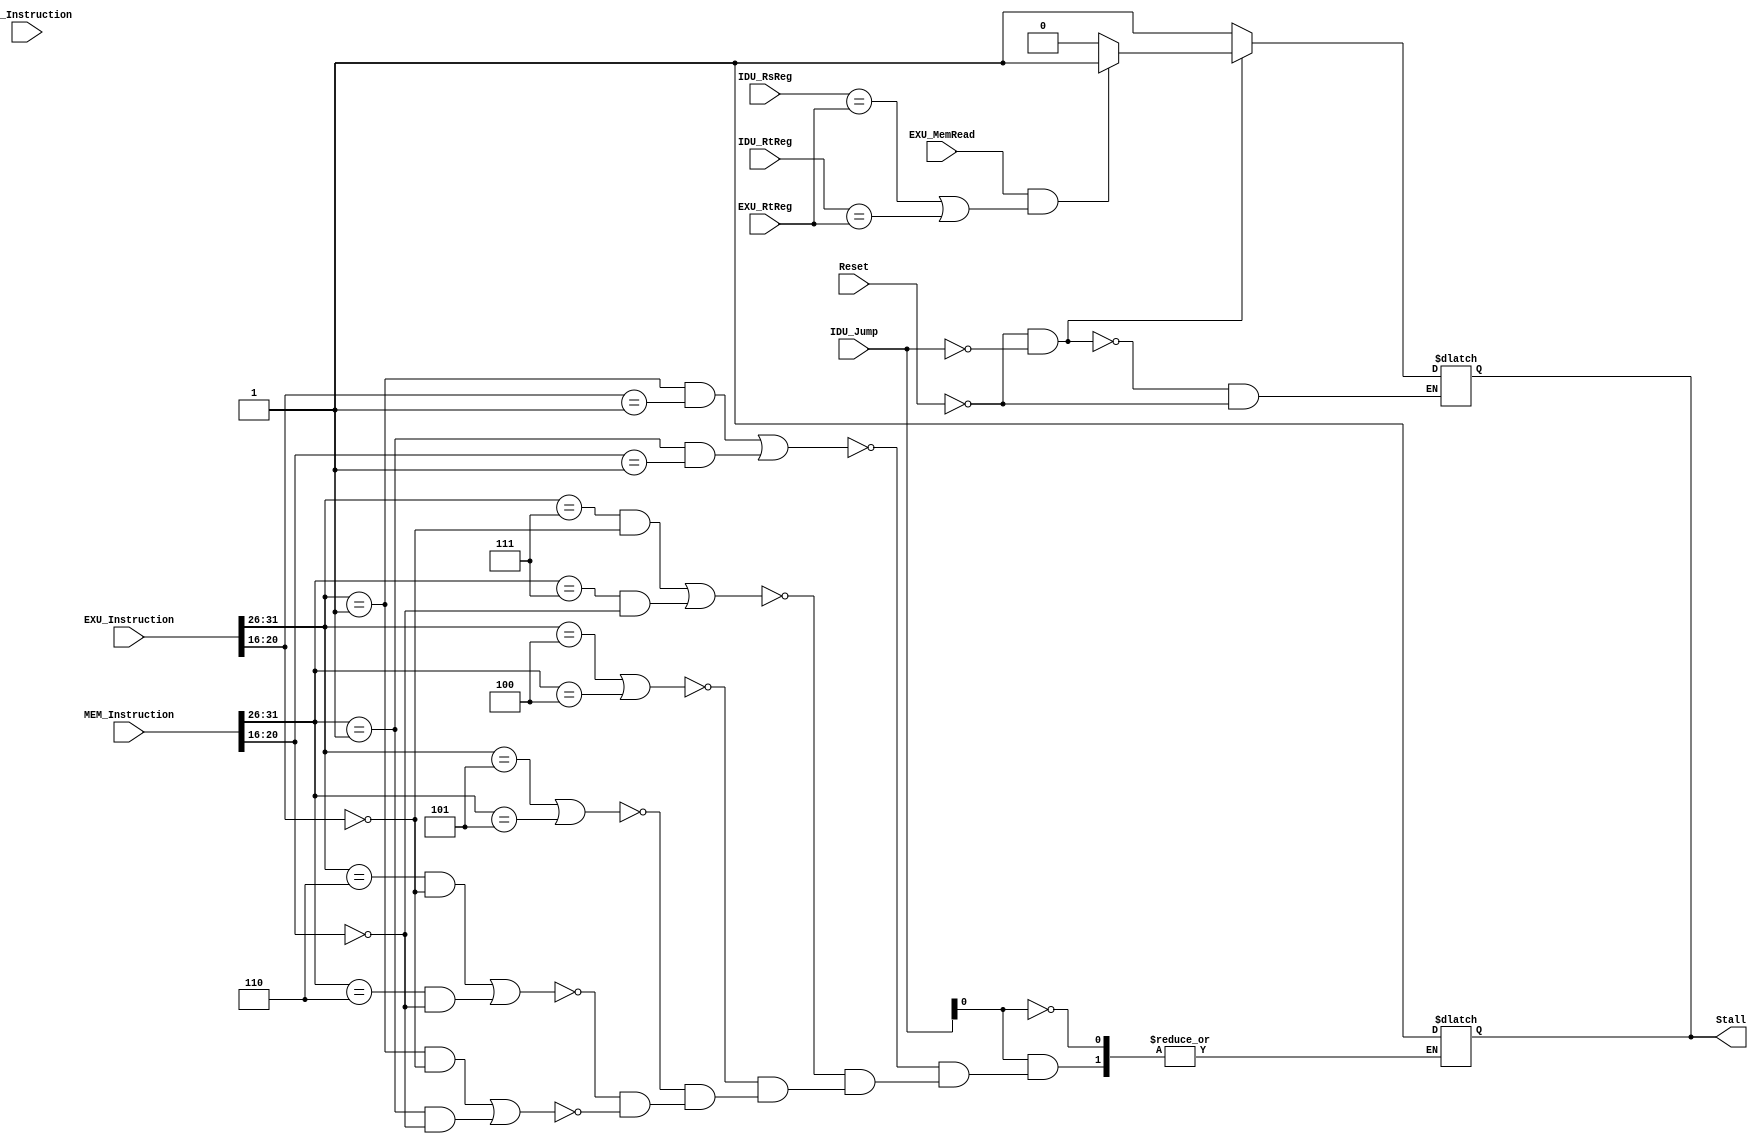
`timescale 1ns / 1ps

module HazardDetectionUnit(Reset, EXU_MemRead, IDU_RsReg, IDU_RtReg, EXU_RtReg, Stall, IDU_Jump, IDU_Instruction, EXU_Instruction, MEM_Instruction);

	input EXU_MemRead, Reset;
	input [1:0] IDU_Jump; 
	input [4:0] IDU_RsReg, IDU_RtReg, EXU_RtReg;
	input [31:0] IDU_Instruction, EXU_Instruction, MEM_Instruction; 

	output Stall;

	reg Stall;
	
	always @(EXU_MemRead, IDU_RsReg, IDU_RtReg, EXU_RtReg, Reset) begin
		if (Reset == 0 && IDU_Jump == 0) begin
			if (EXU_MemRead == 1 && (IDU_RsReg == EXU_RtReg || IDU_RtReg == EXU_RtReg)) begin    // hazard detected
				Stall <= 1;
			end else begin      // hazard not detected
				Stall <= 0;
			end
		end else if (Reset == 1) begin
			Stall <= 1;
		end
	end
	
	always @(*) begin
	   if (IDU_Jump[0] == 1) begin
	       if ((EXU_Instruction[31:26] == 6'b000001 && EXU_Instruction[20:16] == 5'b00001) || (MEM_Instruction[31:26] == 6'b000001 && MEM_Instruction[20:16] == 5'b00001)) begin           // BGEZ command
	           Stall <= 1; 
           end else if ((EXU_Instruction[31:26] == 6'b000111 && EXU_Instruction[20:16] == 5'b00000) || (MEM_Instruction[31:26] == 6'b000111 && MEM_Instruction[20:16] == 5'b00000)) begin           // BGTZ command
               Stall <= 1; 
           end else if(EXU_Instruction[31:26] == 6'b000100 || MEM_Instruction[31:26] == 6'b000100) begin           // BEQ command
               Stall <= 1; 
           end else if(EXU_Instruction[31:26] == 6'b000101 || MEM_Instruction[31:26] == 6'b000101) begin           // BNE command
               Stall <= 1; 
	       end else if ((EXU_Instruction[31:26] == 6'b000110 && EXU_Instruction[20:16] == 5'b00000) || (MEM_Instruction[31:26] == 6'b000110 && MEM_Instruction[20:16] == 5'b00000)) begin           // BLEZ command
               Stall <= 1; 
           end else if ((EXU_Instruction[31:26] == 6'b000001 && EXU_Instruction[20:16] == 5'b00000) || (MEM_Instruction[31:26] == 6'b000001 && MEM_Instruction[20:16] == 5'b00000)) begin           // BLTZ command
               Stall <= 1;  
           end 
       end
	end
	
	
endmodule